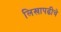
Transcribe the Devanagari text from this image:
लिखापढीचे